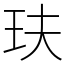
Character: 玞